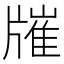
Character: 𤗯